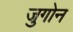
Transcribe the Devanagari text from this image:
जुगोन